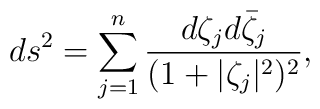
d s^2 = \sum_{j = 1}^n \frac{d \zeta_j d \bar{\zeta}_j}{(1 +|\zeta_j|^2)^2},